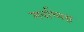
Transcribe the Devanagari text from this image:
सर्वाध्यक्ष